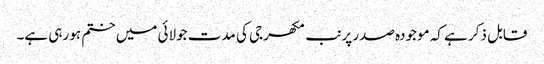
قابل ذکر ہے کہ موجودہ صدر پرنب مکھرجی کی مدت جولائی میں ختم ہو رہی ہے۔